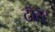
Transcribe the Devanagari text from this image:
टॉस्ट